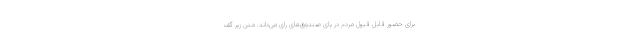
برای حضور قابل قبول مردم در پای صندوق‌های رای می‌داند. متن زیر گف